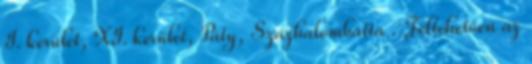
I. kerület, XI. kerület, Páty, Százhalombatta . Feltehetően az